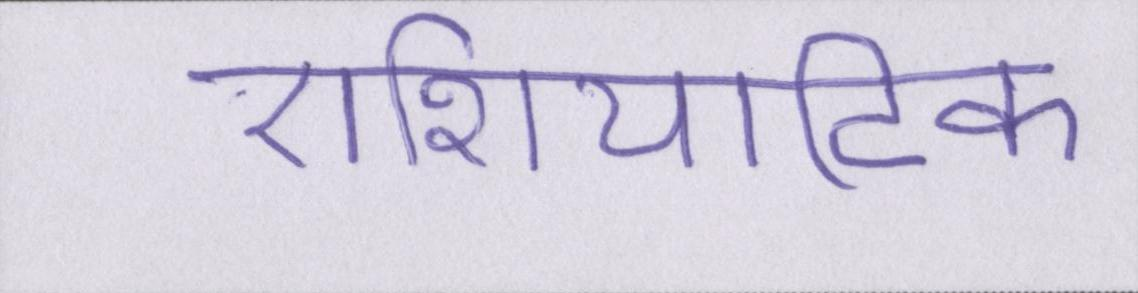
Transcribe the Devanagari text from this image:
एशियाटिक